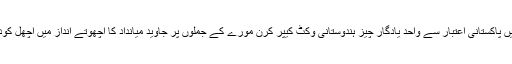
اس میچ میں پاکستانی اعتبار سے واحد یادگار چیز ہندوستانی وکٹ کیپر کرن مورے کے جملوں پر جاوید میانداد کا اچھوتے انداز میں اچھل کود کرنا تھا۔